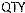
QTY